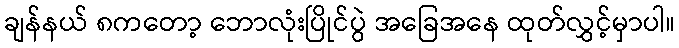
ချန်နယ် ၈ကတော့ ဘောလုံးပြိုင်ပွဲ အခြေအနေ ထုတ်လွှင့်မှာပါ။